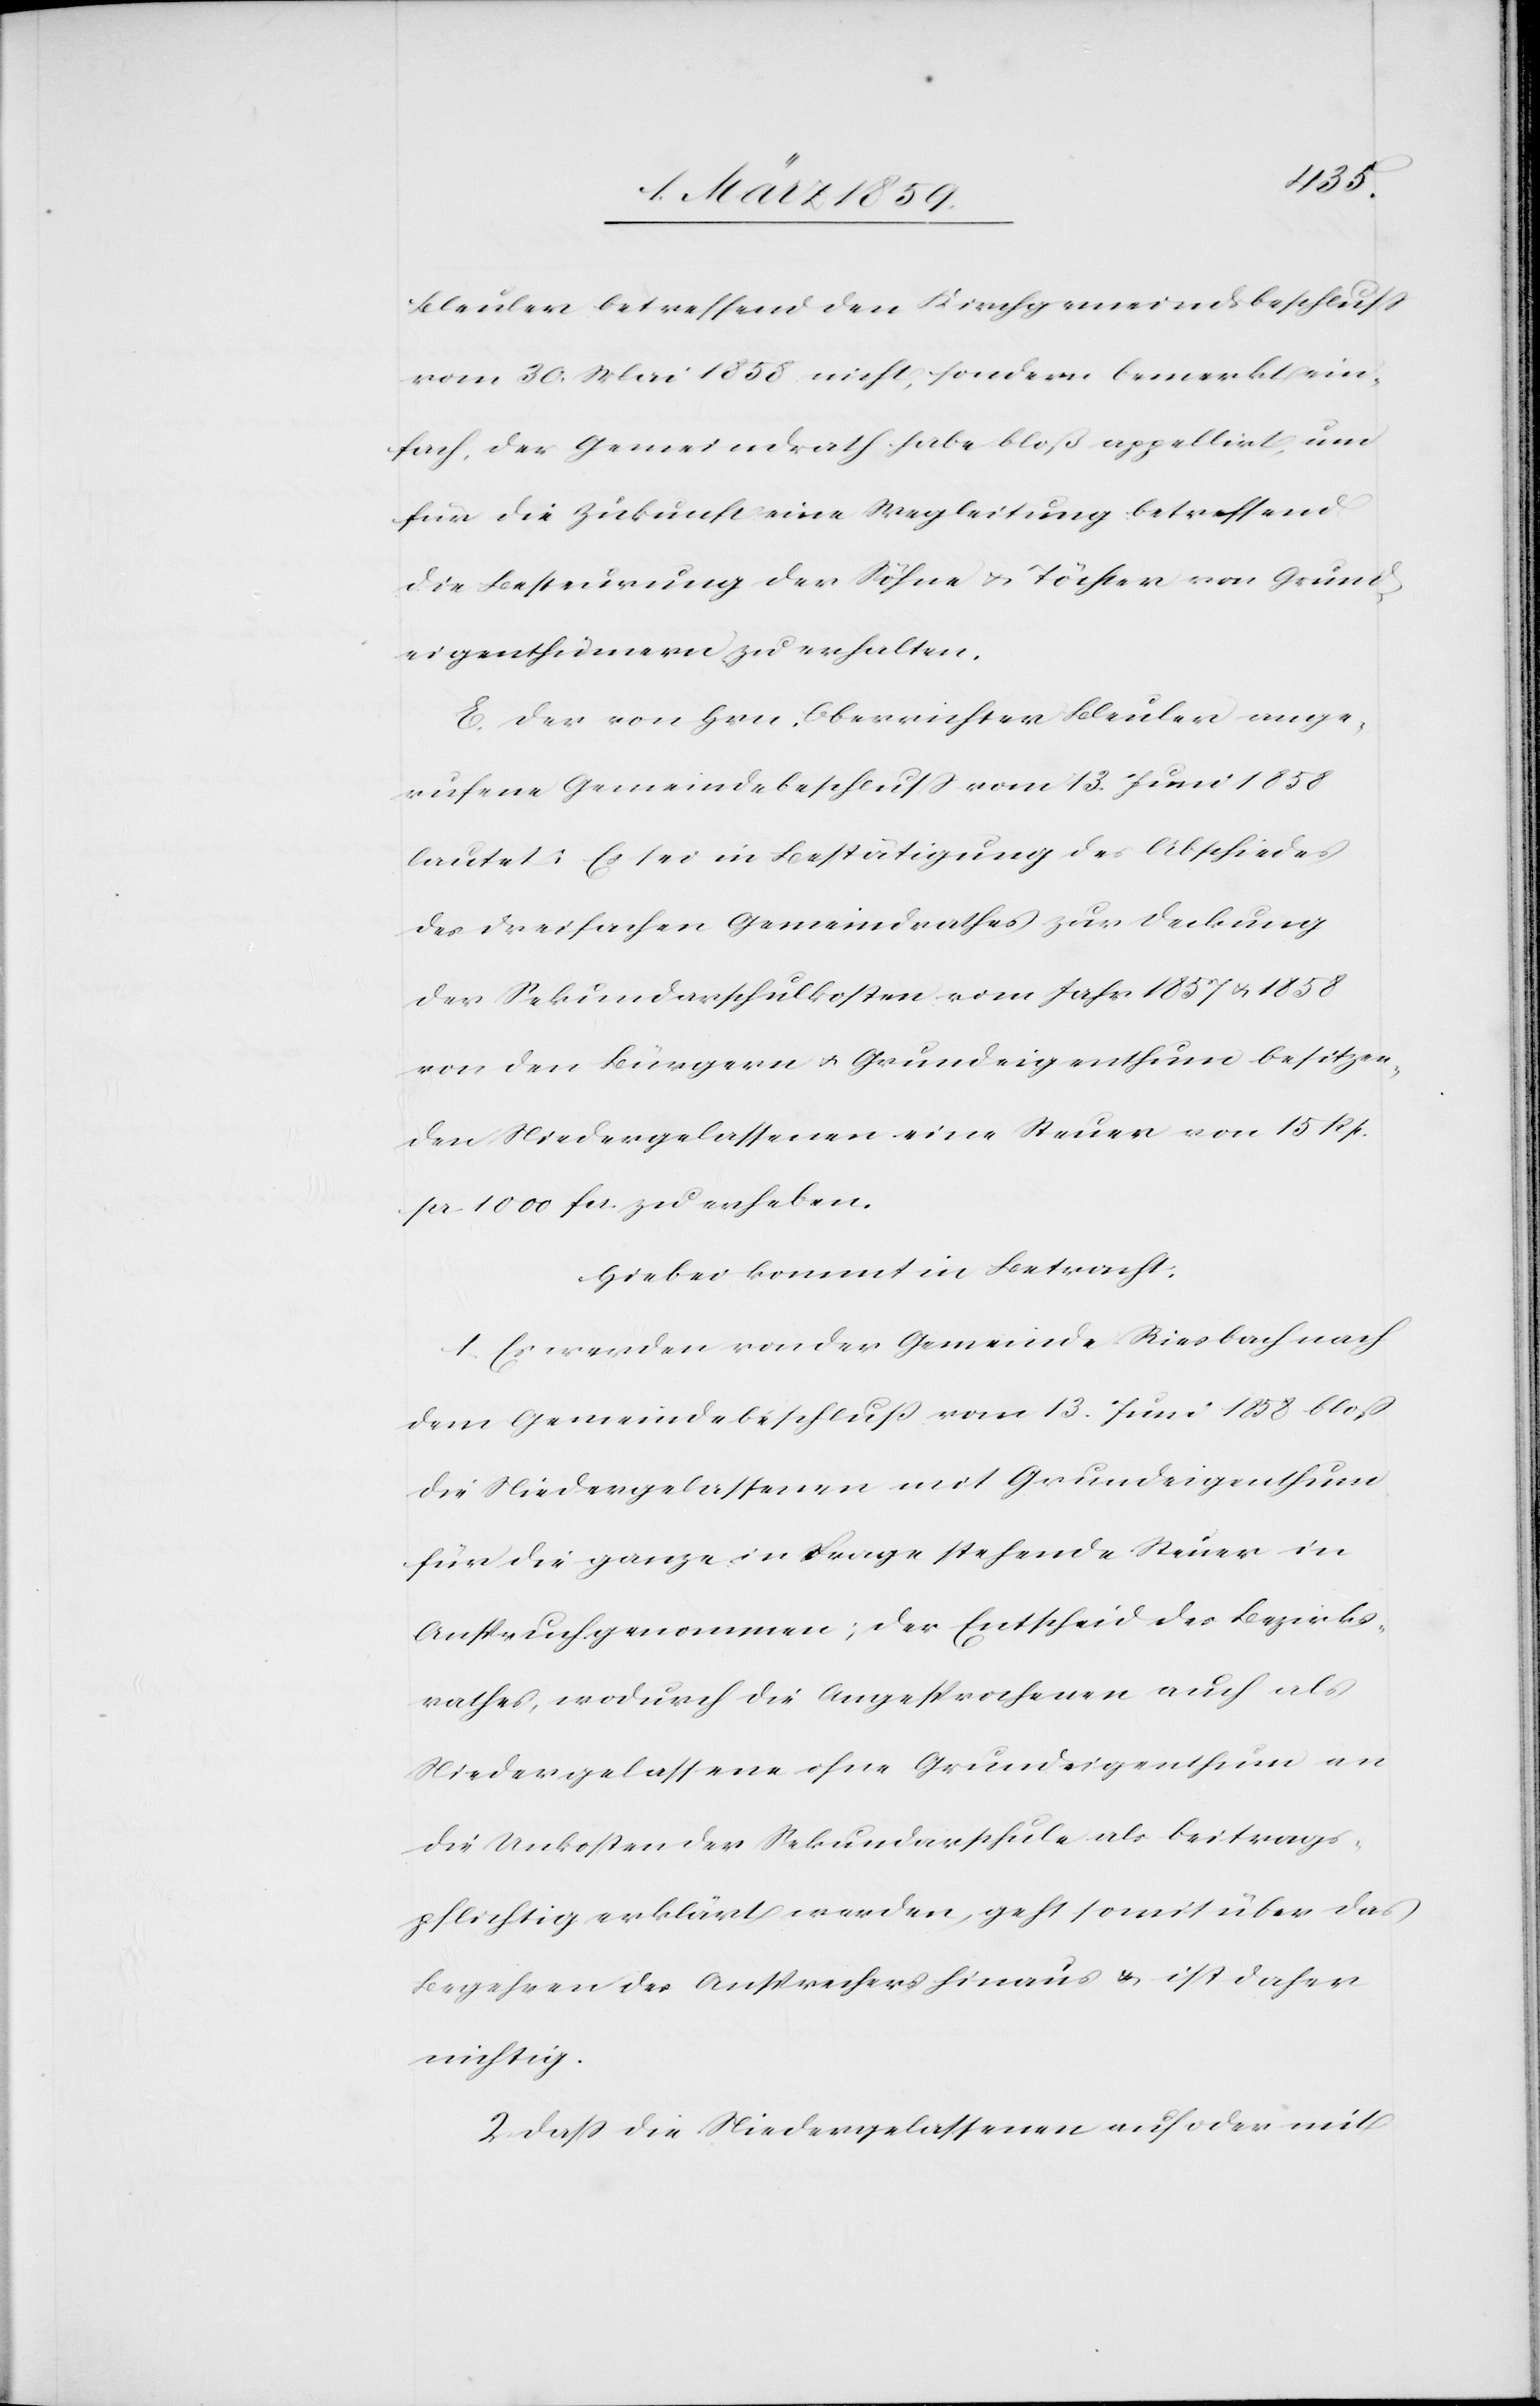
Bleuler betreffend den Kirchgemeindsbeschluß
vom 30. Mai 1858 nicht, sondern bemerkt ein¬
fach, der Gemeindrath habe bloß appellirt, um
für die Zukunft eine Wegleitung betreffend
die Besteuerung der Söhne u. Töchter von Grund¬
eigenthümern zu erhalten.
E. Der von Hrn. Oberrichter Bleuler ange¬
rufene Gemeindebeschluß vom 13. Juni 1858
lautet: Es sei in Bestätigung des Abschiedes
des dreifachen Gemeindrathes zur Deckung
der Sekundarschulkosten vom Jahr 1857 u. 1858
von den Bürgern u. Grundeigenthum besitzen¬
den Niedergelassenen eine Steuer von 15. Rp.
per. 1000 fcs. zu erheben.
Hiebei kommt in Betracht:
1) Es werden von der Gemeinde Riesbach nach
dem Gemeindebeschluß vom 13. Juni 1858 bloß
die Niedergelassenen mit Grundeigenthum
für die ganze in Frage stehende Steuer in
Anspruch genommen; der Entscheid des Bezirks¬
rathes, wodurch die Angesprochenen auch als
Niedergelassene ohne Grundeigenthum an
die Unkosten der Sekundarschule als beitrags¬
pflichtig erklärt werden, geht somit über das
Begehren des Ansprechers hinaus u. ist daher
nichtig.
2) Daß die Niedergelassenen auf oder mit